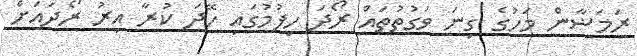
ރަމަޟާން މަހުގެ ގިނަ ވަގުތުތައް ރޯދަ ހިފުމުގައި ހޭދަ ކުރާ އިރު ރޯދައަށް